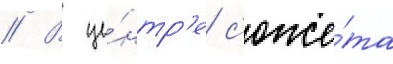
// В це́нтр'е с'юже́та